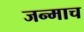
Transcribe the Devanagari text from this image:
जन्माच